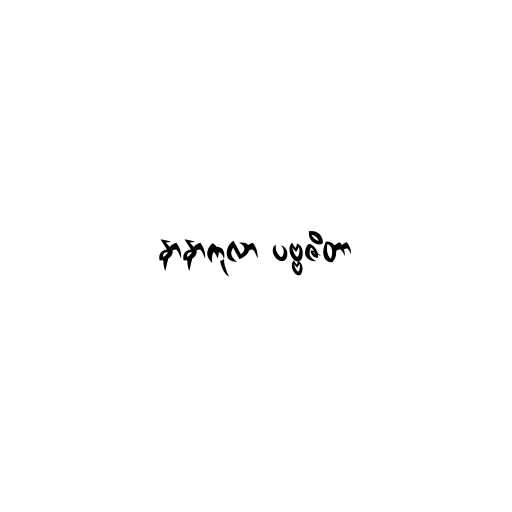
နာနာကုလာ ပဗ္ဗဇိတာ